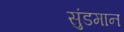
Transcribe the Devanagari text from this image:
सुंडमान